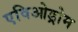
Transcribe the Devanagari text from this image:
एविओड्रोम